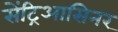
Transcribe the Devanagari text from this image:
सेंट्रिआसिनर